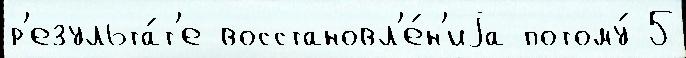
р'езульта́т'е восстановл'е́н'иjа потому́ 5